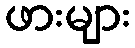
ဖားများ